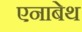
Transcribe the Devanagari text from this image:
एनाबेथ